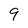
Character: 9